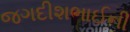
જગદીશભાઈની